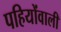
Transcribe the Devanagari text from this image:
पहियोंवाली